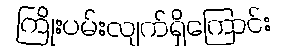
ကြိုးပမ်းလျက်ရှိကြောင်း